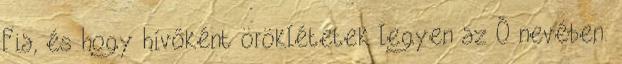
Fia, és hogy hívőként öröklétetek legyen az Ő nevében.